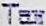
TAX